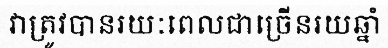
វាត្រូវបានរយៈពេលជាច្រើនរយឆ្នាំ